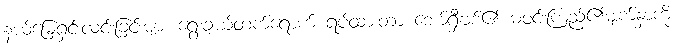
နယ်မြေရှင်းလင်းခြင်းများ ရွေးချယ်တက်ရောက် ရပ်ထားတာ ဘော်ရှီဗစ်၏ မဝင်းကြည်၏မျက်နှာကို